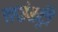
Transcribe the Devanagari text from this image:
राउंडट्री